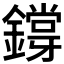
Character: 𨭃